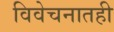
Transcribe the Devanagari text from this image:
विवेचनातही